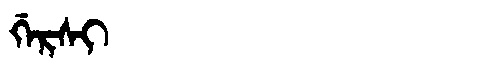
Manchu: ᡤᡝᡵᠰᡳ
Romanization: GERSI